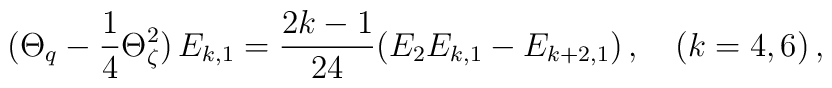
(\Theta_q-\frac{1}{4}\Theta_\zeta^2)\,E_{k,1}=\frac{2k-1}{24}    (E_2 E_{k,1}-E_{k+2,1})\,,\quad (k=4,6)\,,